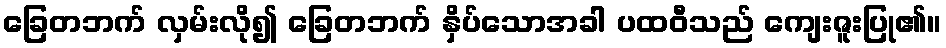
ခြေတဘက် လှမ်းလို၍ ခြေတဘက် နှိပ်သောအခါ ပထဝီသည် ကျေးဇူးပြု၏။